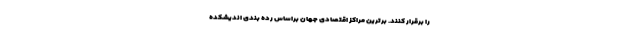
را برقرار کنند. برترین مراکز اقتصادی جهان براساس رده بندی اندیشکده